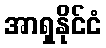
အာရှနိုင်ငံ